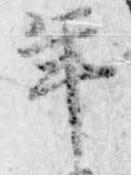
年